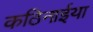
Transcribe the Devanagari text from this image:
कठिनाईया